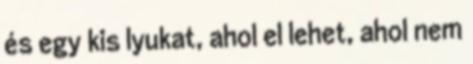
és egy kis lyukat, ahol el lehet, ahol nem